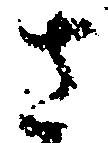
さ